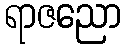
ရာဇညော